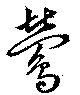
鶯